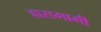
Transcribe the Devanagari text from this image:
ह्रासगामी